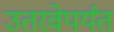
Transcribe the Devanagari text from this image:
उतरवेपर्यंत